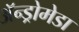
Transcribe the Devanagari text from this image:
अॅन्ड्रोमेडा